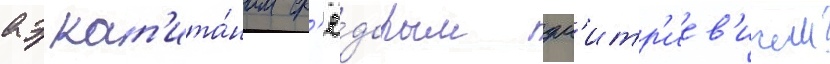
аэ кап'ита́ном ф'ё́дором дм'итр'иев'ичем